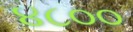
૪૮૦૦